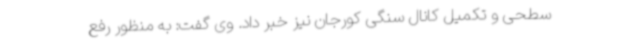
سطحی و تکمیل کانال سنگی کورجان نیز خبر داد. وی گفت: به منظور رفع